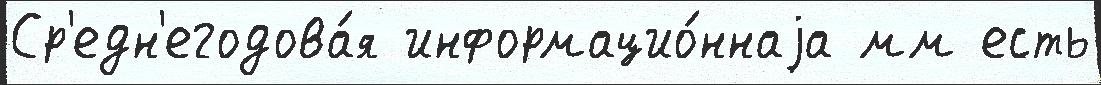
Ср'едн'егодова́я информацио́ннаjа мм есть